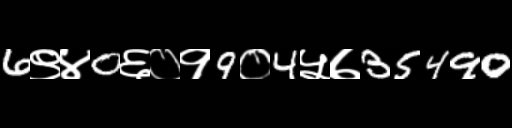
Text: 6९४0६०१9०4५७35490